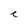
Character: e